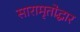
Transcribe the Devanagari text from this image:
सारामृतोद्धार